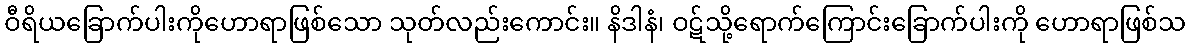
ဝီရိယခြောက်ပါးကိုဟောရာဖြစ်သော သုတ်လည်းကောင်း။ နိဒါနံ၊ ဝဋ်သို့ရောက်ကြောင်းခြောက်ပါးကို ဟောရာဖြစ်သ